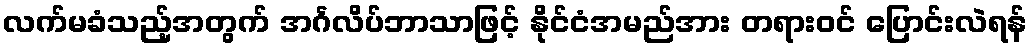
လက်မခံသည့်အတွက် အင်္ဂလိပ်ဘာသာဖြင့် နိုင်ငံအမည်အား တရားဝင် ပြောင်းလဲရန်